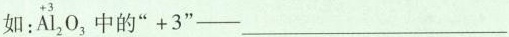
如：\mathop {Al_{2}}\limits^{+3}O_{3}中的”+3”——___